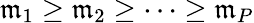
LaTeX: \mathfrak{m}_{1}\geq\mathfrak{m}_{2}\geq\dots\geq\mathfrak{m}_{P}